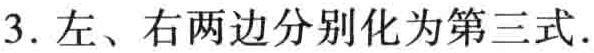
3. 左、右两边分别化为第三式.